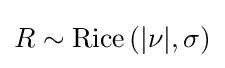
R\sim \mathrm {Rice} \left(|\nu |,\sigma \right)